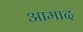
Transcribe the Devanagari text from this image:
आमाद